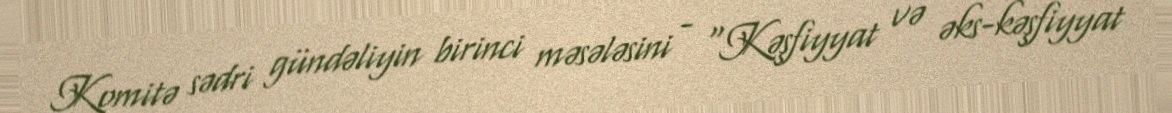
Komitə sədri gündəliyin birinci məsələsini - “Kəşfiyyat və əks-kəşfiyyat